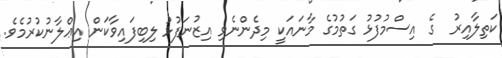
ކަތިލާއިރު  ގެ އިސްމުފުޅު ގަތުމުގެ މާނައަކީ މިދެންނެވި އިޒުނަފުޅު ލިބިފައިވާކަން އިޢްލާނުކުރުމެވެ.